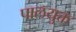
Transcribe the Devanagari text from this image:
पालयुक्त